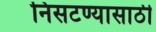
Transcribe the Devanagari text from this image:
निसटण्यासाठी